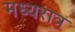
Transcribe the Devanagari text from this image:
मध्यरात्र